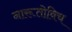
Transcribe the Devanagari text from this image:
नारूतोविच